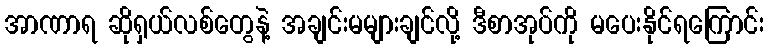
အာဏာရ ဆိုရှယ်လစ်တွေနဲ့ အချင်းမများချင်လို့ ဒီစာအုပ်ကို မပေးနိုင်ရကြောင်း